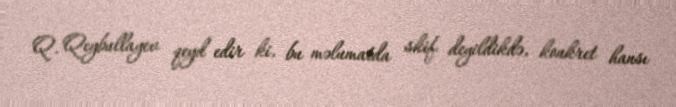
Q. Qeybullayev qeyd edir ki, bu məlumatda skif deyildikdə, konkret hansı